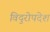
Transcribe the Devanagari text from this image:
विदुरोपदेश